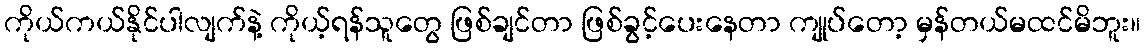
ကိုယ်ကယ်နိုင်ပါလျက်နဲ့ ကိုယ့်ရန်သူတွေ ဖြစ်ချင်တာ ဖြစ်ခွင့်ပေးနေတာ ကျုပ်တော့ မှန်တယ်မထင်မိဘူး။